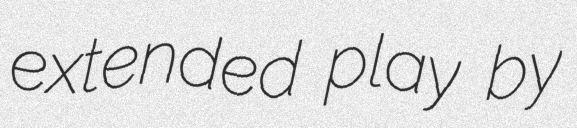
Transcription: extended play by